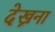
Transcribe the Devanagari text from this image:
देख्रना